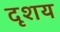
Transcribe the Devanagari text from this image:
दृशय